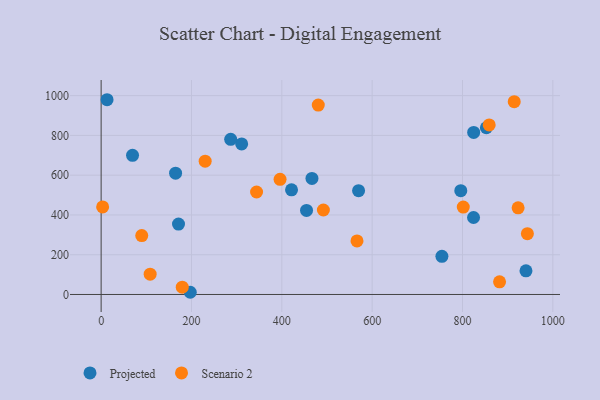
{"axis": {"x": "Ad Spend", "y": "Fuel Efficiency"}, "legend": ["Projected", "Scenario 2"], "data": [{"x": "311.1", "y": 757.2, "type": "Projected"}, {"x": "164.8", "y": 610.0, "type": "Projected"}, {"x": "421.5", "y": 526.3, "type": "Projected"}, {"x": "824.4", "y": 387.1, "type": "Projected"}, {"x": "69.5", "y": 699.8, "type": "Projected"}, {"x": "796.2", "y": 522.1, "type": "Projected"}, {"x": "852.8", "y": 838.5, "type": "Projected"}, {"x": "940.5", "y": 119.2, "type": "Projected"}, {"x": "454.7", "y": 423.0, "type": "Projected"}, {"x": "824.7", "y": 814.8, "type": "Projected"}, {"x": "13.1", "y": 979.5, "type": "Projected"}, {"x": "754.4", "y": 191.9, "type": "Projected"}, {"x": "466.7", "y": 583.8, "type": "Projected"}, {"x": "171.3", "y": 354.3, "type": "Projected"}, {"x": "569.9", "y": 522.2, "type": "Projected"}, {"x": "286.8", "y": 780.3, "type": "Projected"}, {"x": "197.3", "y": 11.1, "type": "Projected"}, {"x": "3.3", "y": 440.6, "type": "Scenario 2"}, {"x": "480.7", "y": 952.4, "type": "Scenario 2"}, {"x": "492.0", "y": 424.8, "type": "Scenario 2"}, {"x": "344.1", "y": 515.5, "type": "Scenario 2"}, {"x": "801.7", "y": 439.7, "type": "Scenario 2"}, {"x": "179.6", "y": 36.8, "type": "Scenario 2"}, {"x": "914.5", "y": 969.9, "type": "Scenario 2"}, {"x": "89.9", "y": 296.2, "type": "Scenario 2"}, {"x": "923.1", "y": 435.9, "type": "Scenario 2"}, {"x": "882.0", "y": 63.7, "type": "Scenario 2"}, {"x": "566.4", "y": 269.2, "type": "Scenario 2"}, {"x": "230.3", "y": 670.6, "type": "Scenario 2"}, {"x": "943.6", "y": 305.8, "type": "Scenario 2"}, {"x": "859.1", "y": 852.7, "type": "Scenario 2"}, {"x": "396.1", "y": 579.3, "type": "Scenario 2"}, {"x": "108.5", "y": 102.1, "type": "Scenario 2"}]}